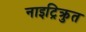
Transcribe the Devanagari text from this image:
नाइट्रिक्रुत